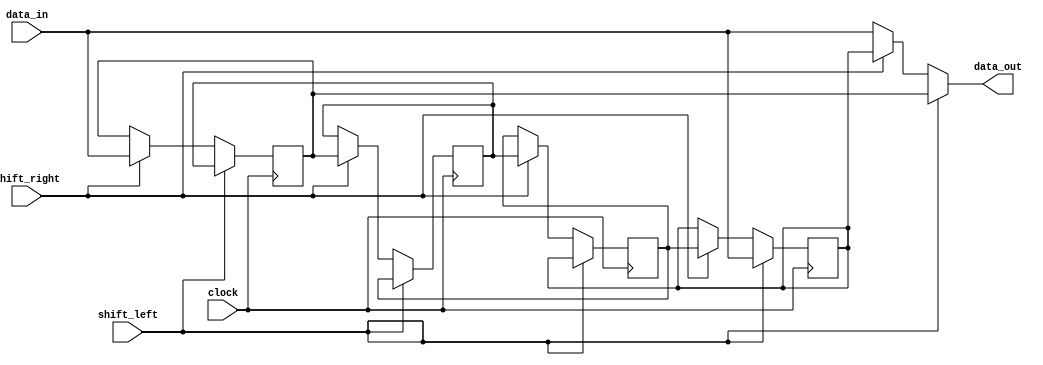
module pipo_shift_register (
    input [7:0] data_in,
    input shift_left,
    input shift_right,
    input clock,
    output reg [7:0] data_out
);

reg [7:0] reg1, reg2, reg3, reg4;

always @(posedge clock) begin
    if (shift_left) begin
        reg4 <= reg3;
        reg3 <= reg2;
        reg2 <= reg1;
        reg1 <= data_in;
    end else if (shift_right) begin
        reg1 <= reg2;
        reg2 <= reg3;
        reg3 <= reg4;
        reg4 <= data_in;
    end
end

assign data_out = (shift_left) ? reg4 :
                 (shift_right) ? reg1 :
                 (data_in);
                 
endmodule